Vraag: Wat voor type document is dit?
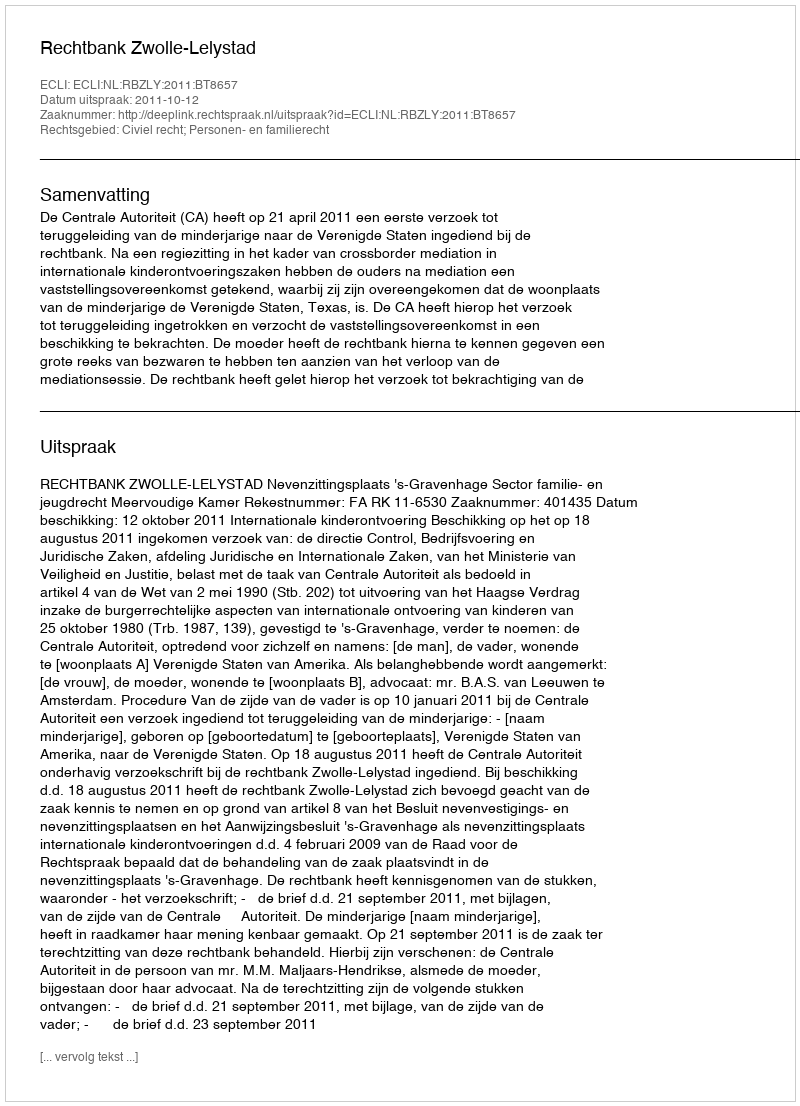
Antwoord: Uitspraak